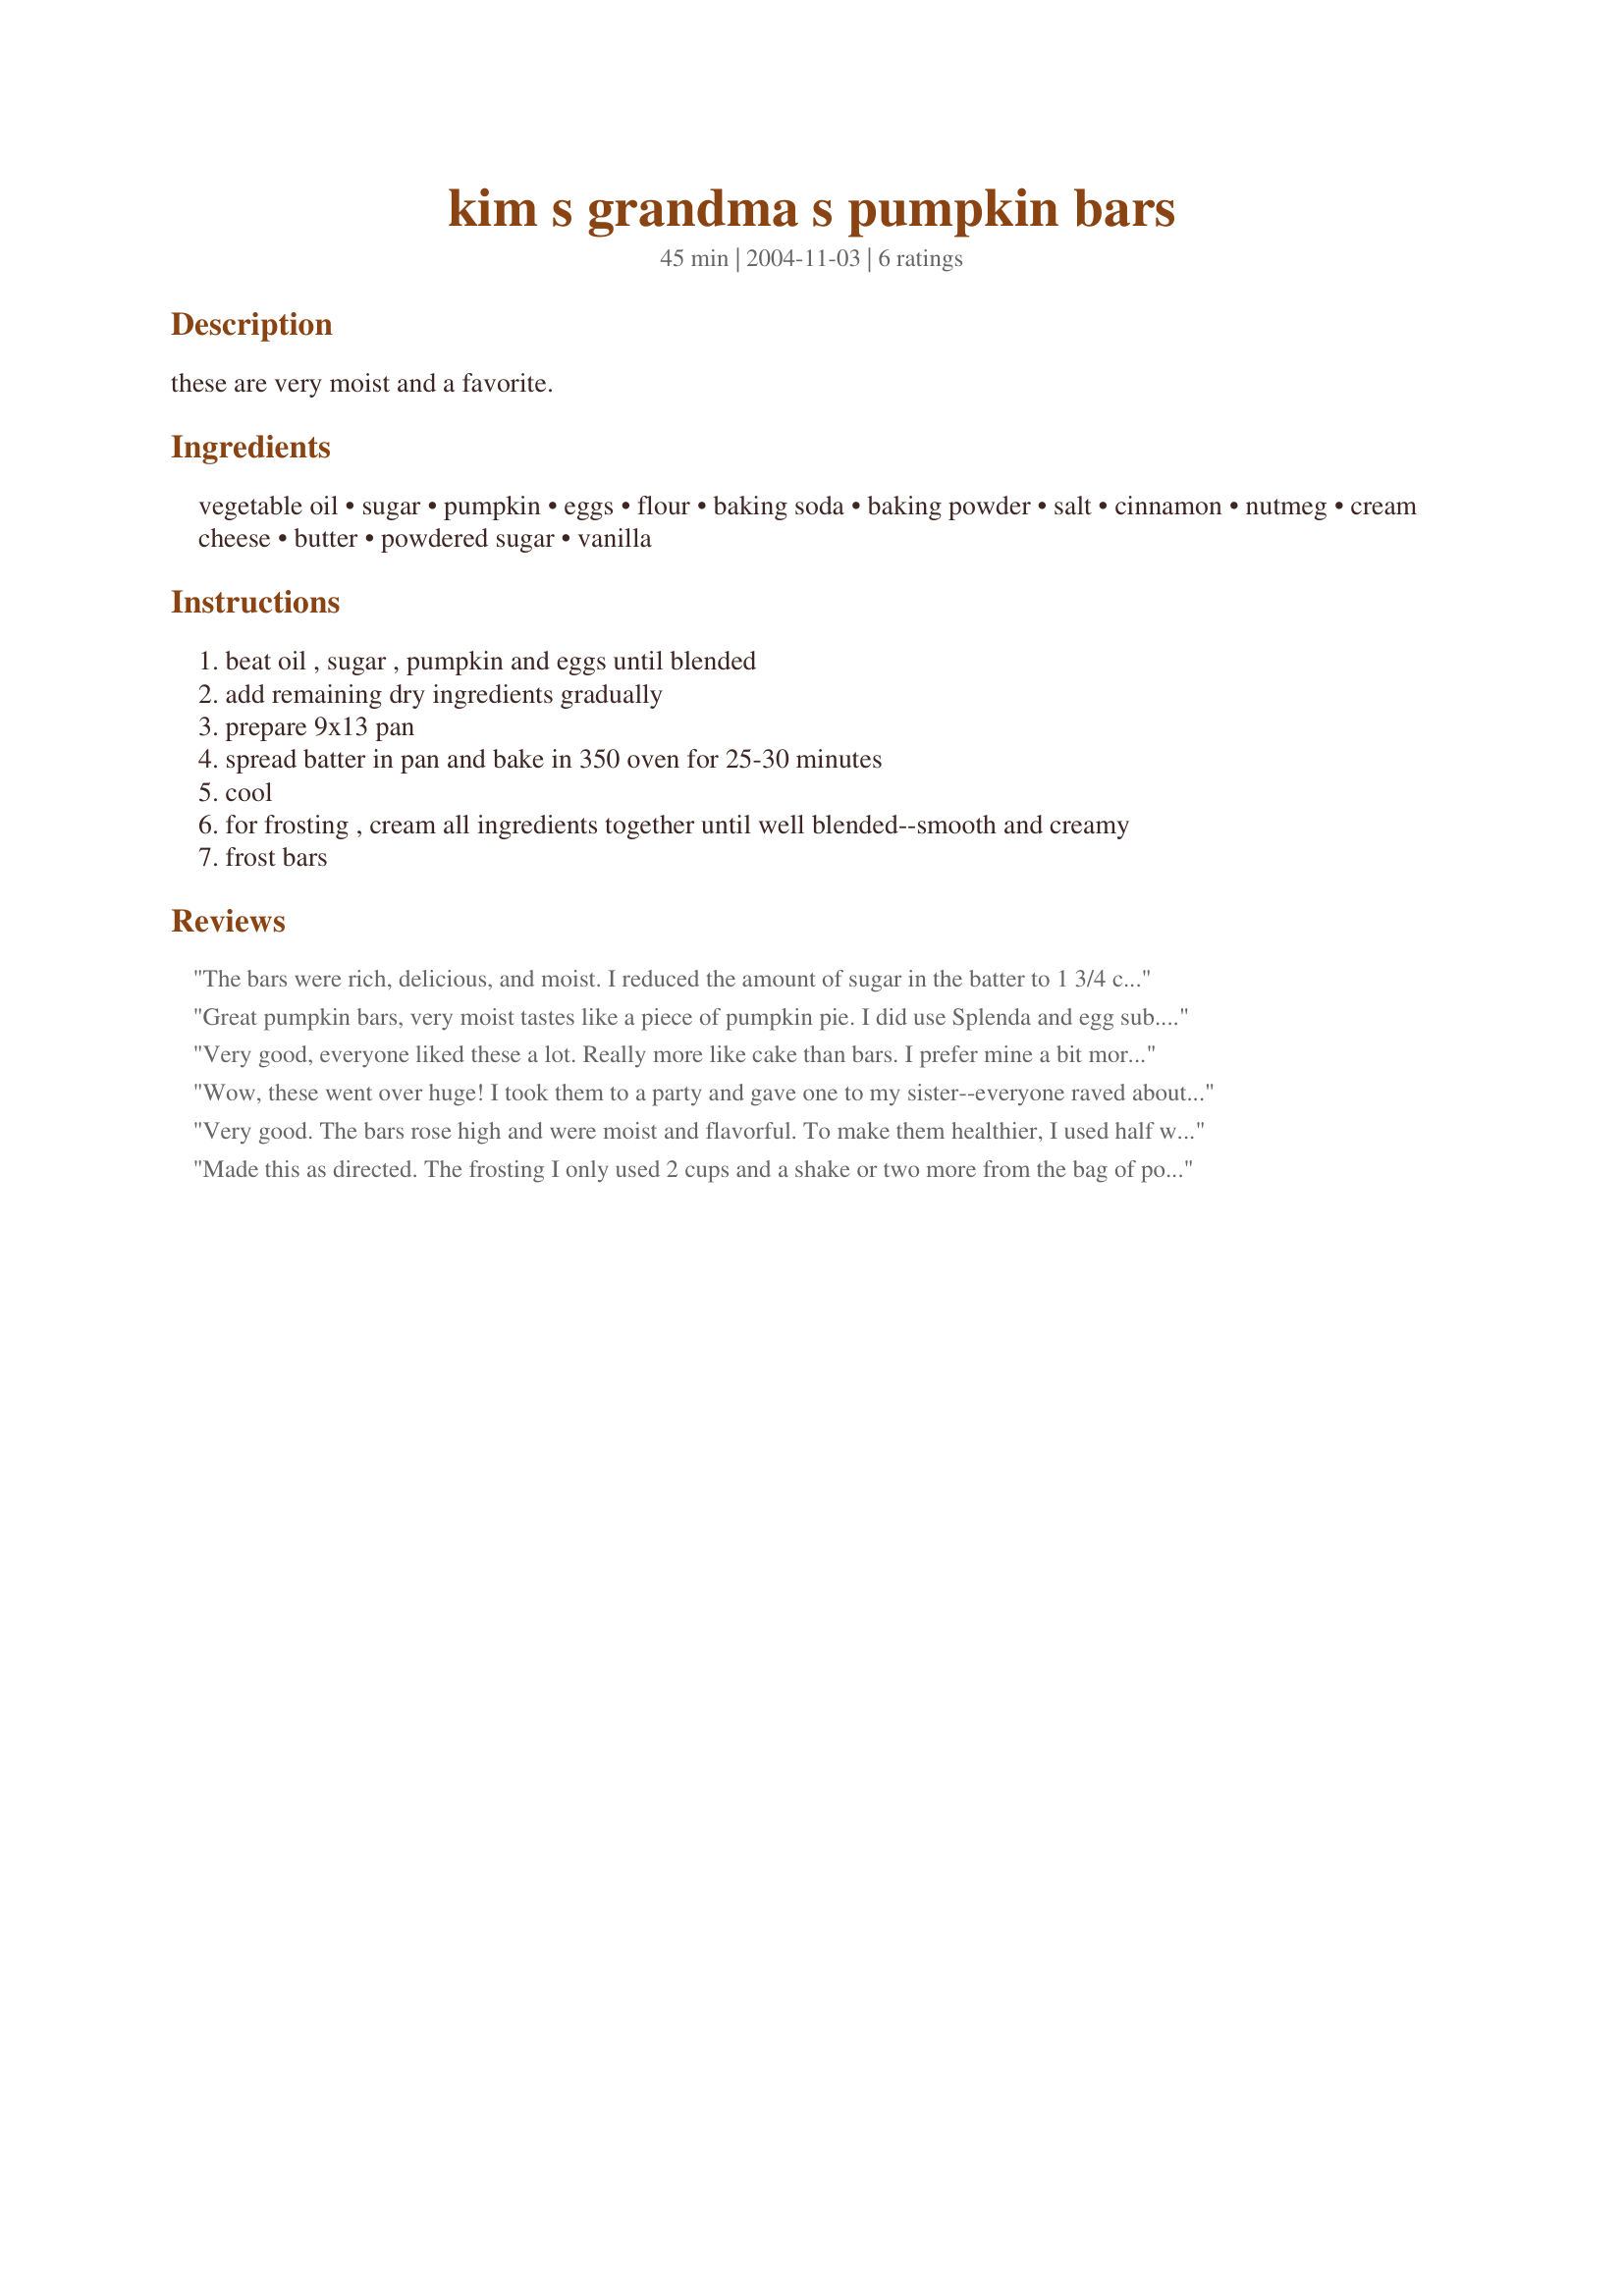
kim s grandma s pumpkin bars
Preparation time: 45 minutes

these are very moist and a favorite.

Ingredients:
vegetable oil, sugar, pumpkin, eggs, flour, baking soda, baking powder, salt, cinnamon, nutmeg, cream cheese, butter, powdered sugar, vanilla

Steps:
beat oil , sugar , pumpkin and eggs until blended
add remaining dry ingredients gradually
prepare 9x13 pan
spread batter in pan and bake in 350 oven for 25-30 minutes
cool
for frosting , cream all ingredients together until well blended--smooth and creamy
frost bars

Reviews:
The bars were rich, delicious, and moist. I reduced the amount of sugar in the batter to 1 3/4 cups and reduced the amount of baking soda to 1 tsp. The bars were still plenty sweet. I will definitely make this recipe again.
Great pumpkin bars, very moist tastes like a piece of pumpkin pie. I did use Splenda and egg sub. for bars. For the frosting I used FF cream cheese and butter. I found this recipe very easy to prepare. Thanks for posting this recipe.
Very good, everyone liked these a lot. Really more like cake than bars. I prefer mine a bit more dense, more bar-like, but if you are looking for a cakey-type pumpkin bar recipe this is a great one. Nice balance of flavors and a snap to make. Thanks for a yummy fall treat!
Wow, these went over huge! I took them to a party and gave one to my sister--everyone raved about them. Saved the recipe. So delicious and moist. One thing--I would rename it a cake. Not bar-like at all.
Very good. The bars rose high and were moist and flavorful. To make them healthier, I used half whole wheat flour, replaced a third of the oil with applesauce, and reduced the sugar to 1 1/2 cups. If all the sugar had been included, I think the frosted bars would have been WAY too sweet! Frosting was delicious too, and I think I'll try maple extract next time instead of vanilla. The recipe instructions were a little vague, so I took the liberty of editing them for the sake of clarity and for the benefit of less experienced chefs :-) Thanks for posting. I took a pan to a "small group" meeting (related to my church) last night, and there sure weren't many leftovers!
Made this as directed. The frosting I only used 2 cups and a shake or two more from the bag of powdered sugar. I used Splenda for the sugar in the bars and didn't change anything else. MMMM GOOD!
